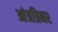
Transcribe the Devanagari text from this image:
आंत्रप्रिनर